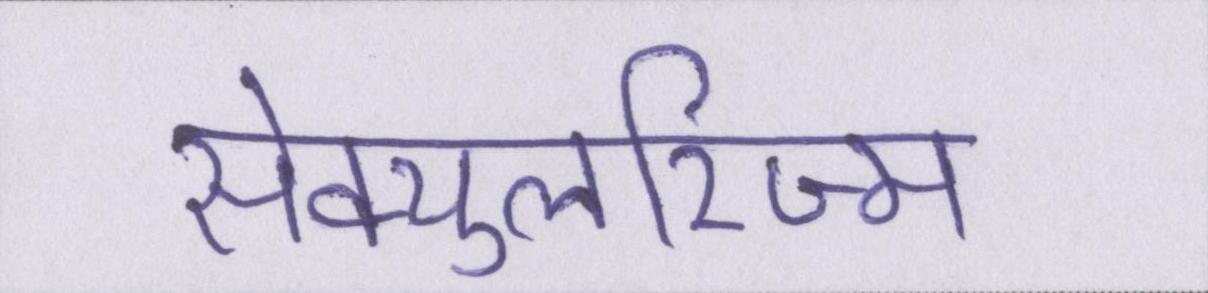
सेक्युलरिज्म